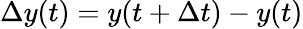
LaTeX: \Delta y(t)=y(t+\Delta t)-y(t)